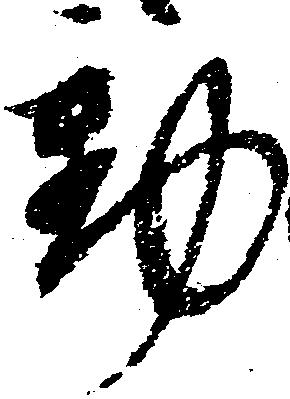
動